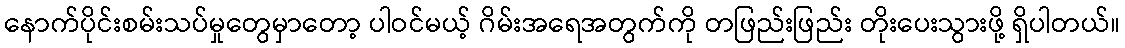
နောက်ပိုင်းစမ်းသပ်မှုတွေမှာတော့ ပါဝင်မယ့် ဂိမ်းအရေအတွက်ကို တဖြည်းဖြည်း တိုးပေးသွားဖို့ ရှိပါတယ်။